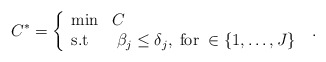
\begin{align*}{C^*} = \left\{ {\begin{array}{ll}\min & C \\\mbox{s.t} & \;\beta_j \le {\delta _j},\;\mbox{for}\; \in\{1,\dots,J\}\end{array}} \right. \ .\end{align*}